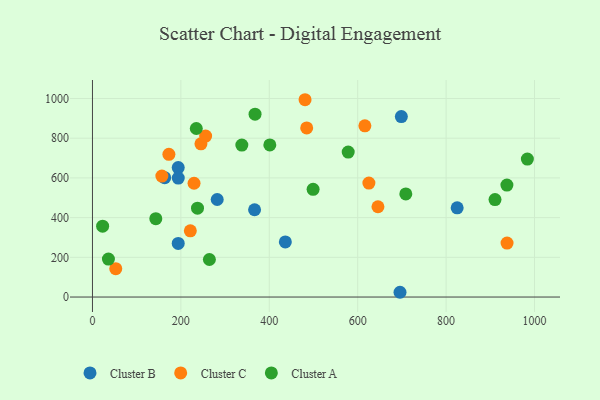
{"axis": {"x": "Price", "y": "Rating"}, "legend": ["Cluster A", "Cluster B", "Cluster C"], "data": [{"x": "366.7", "y": 439.6, "type": "Cluster B"}, {"x": "194.0", "y": 652.1, "type": "Cluster B"}, {"x": "282.2", "y": 491.2, "type": "Cluster B"}, {"x": "436.3", "y": 277.4, "type": "Cluster B"}, {"x": "825.0", "y": 449.3, "type": "Cluster B"}, {"x": "163.4", "y": 601.0, "type": "Cluster B"}, {"x": "194.1", "y": 599.4, "type": "Cluster B"}, {"x": "695.7", "y": 24.0, "type": "Cluster B"}, {"x": "698.7", "y": 908.7, "type": "Cluster B"}, {"x": "194.0", "y": 269.9, "type": "Cluster B"}, {"x": "645.8", "y": 454.7, "type": "Cluster C"}, {"x": "245.4", "y": 771.5, "type": "Cluster C"}, {"x": "625.3", "y": 573.9, "type": "Cluster C"}, {"x": "616.2", "y": 862.4, "type": "Cluster C"}, {"x": "221.4", "y": 333.4, "type": "Cluster C"}, {"x": "172.9", "y": 718.8, "type": "Cluster C"}, {"x": "480.9", "y": 993.8, "type": "Cluster C"}, {"x": "937.8", "y": 271.6, "type": "Cluster C"}, {"x": "229.8", "y": 573.1, "type": "Cluster C"}, {"x": "52.7", "y": 143.1, "type": "Cluster C"}, {"x": "157.0", "y": 609.4, "type": "Cluster C"}, {"x": "256.0", "y": 810.9, "type": "Cluster C"}, {"x": "484.6", "y": 851.9, "type": "Cluster C"}, {"x": "36.1", "y": 191.0, "type": "Cluster A"}, {"x": "499.1", "y": 542.7, "type": "Cluster A"}, {"x": "910.6", "y": 491.0, "type": "Cluster A"}, {"x": "983.8", "y": 695.0, "type": "Cluster A"}, {"x": "234.9", "y": 848.9, "type": "Cluster A"}, {"x": "143.3", "y": 394.7, "type": "Cluster A"}, {"x": "367.8", "y": 921.0, "type": "Cluster A"}, {"x": "578.5", "y": 730.1, "type": "Cluster A"}, {"x": "337.9", "y": 765.6, "type": "Cluster A"}, {"x": "23.0", "y": 356.7, "type": "Cluster A"}, {"x": "401.2", "y": 766.0, "type": "Cluster A"}, {"x": "237.6", "y": 447.8, "type": "Cluster A"}, {"x": "937.5", "y": 563.8, "type": "Cluster A"}, {"x": "708.8", "y": 519.3, "type": "Cluster A"}, {"x": "264.5", "y": 189.0, "type": "Cluster A"}]}